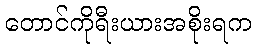
တောင်ကိုရီးယားအစိုးရက